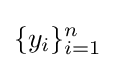
\{y_{i}\}_{i=1}^{n}